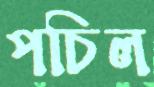
পচিল